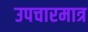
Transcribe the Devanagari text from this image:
उपचारमात्र